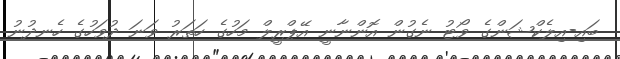
ބައި-އިލެކްޝަންގެ ވޯޓު ނެގުން އޮންނާނީ އޭޕްރީލް މަހުގެ ހަތަރު ވަނަ ދުވަހުގެ ހެނދުނު